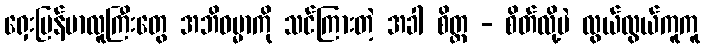
ရှေးမြန်မာလူကြီးတွေ အဘိဓမ္မာကို သင်ကြားတဲ့ အခါ စိတ္တ - စိတ်လို့ပဲ လွယ်လွယ်ကူကူ